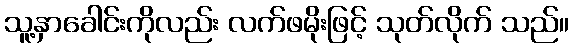
သူ့နှာခေါင်းကိုလည်း လက်ဖမိုးဖြင့် သုတ်လိုက် သည်။